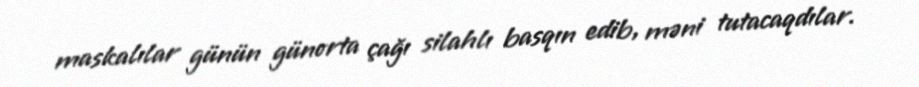
maskalılar günün günorta çağı silahlı basqın edib, məni tutacaqdılar.